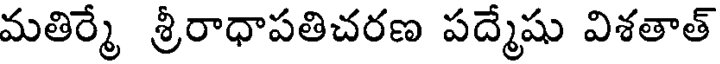
మతిర్మే శ్రీరాధాపతిచరణ పద్మేషు విశతాత్